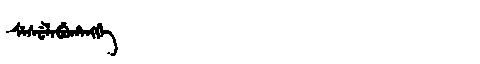
Manchu: ᠰᡝᠰᡠᠯᠠᠪᡠᡥᠠᠩᡤᡝ
Romanization: SESULABUHANGGE